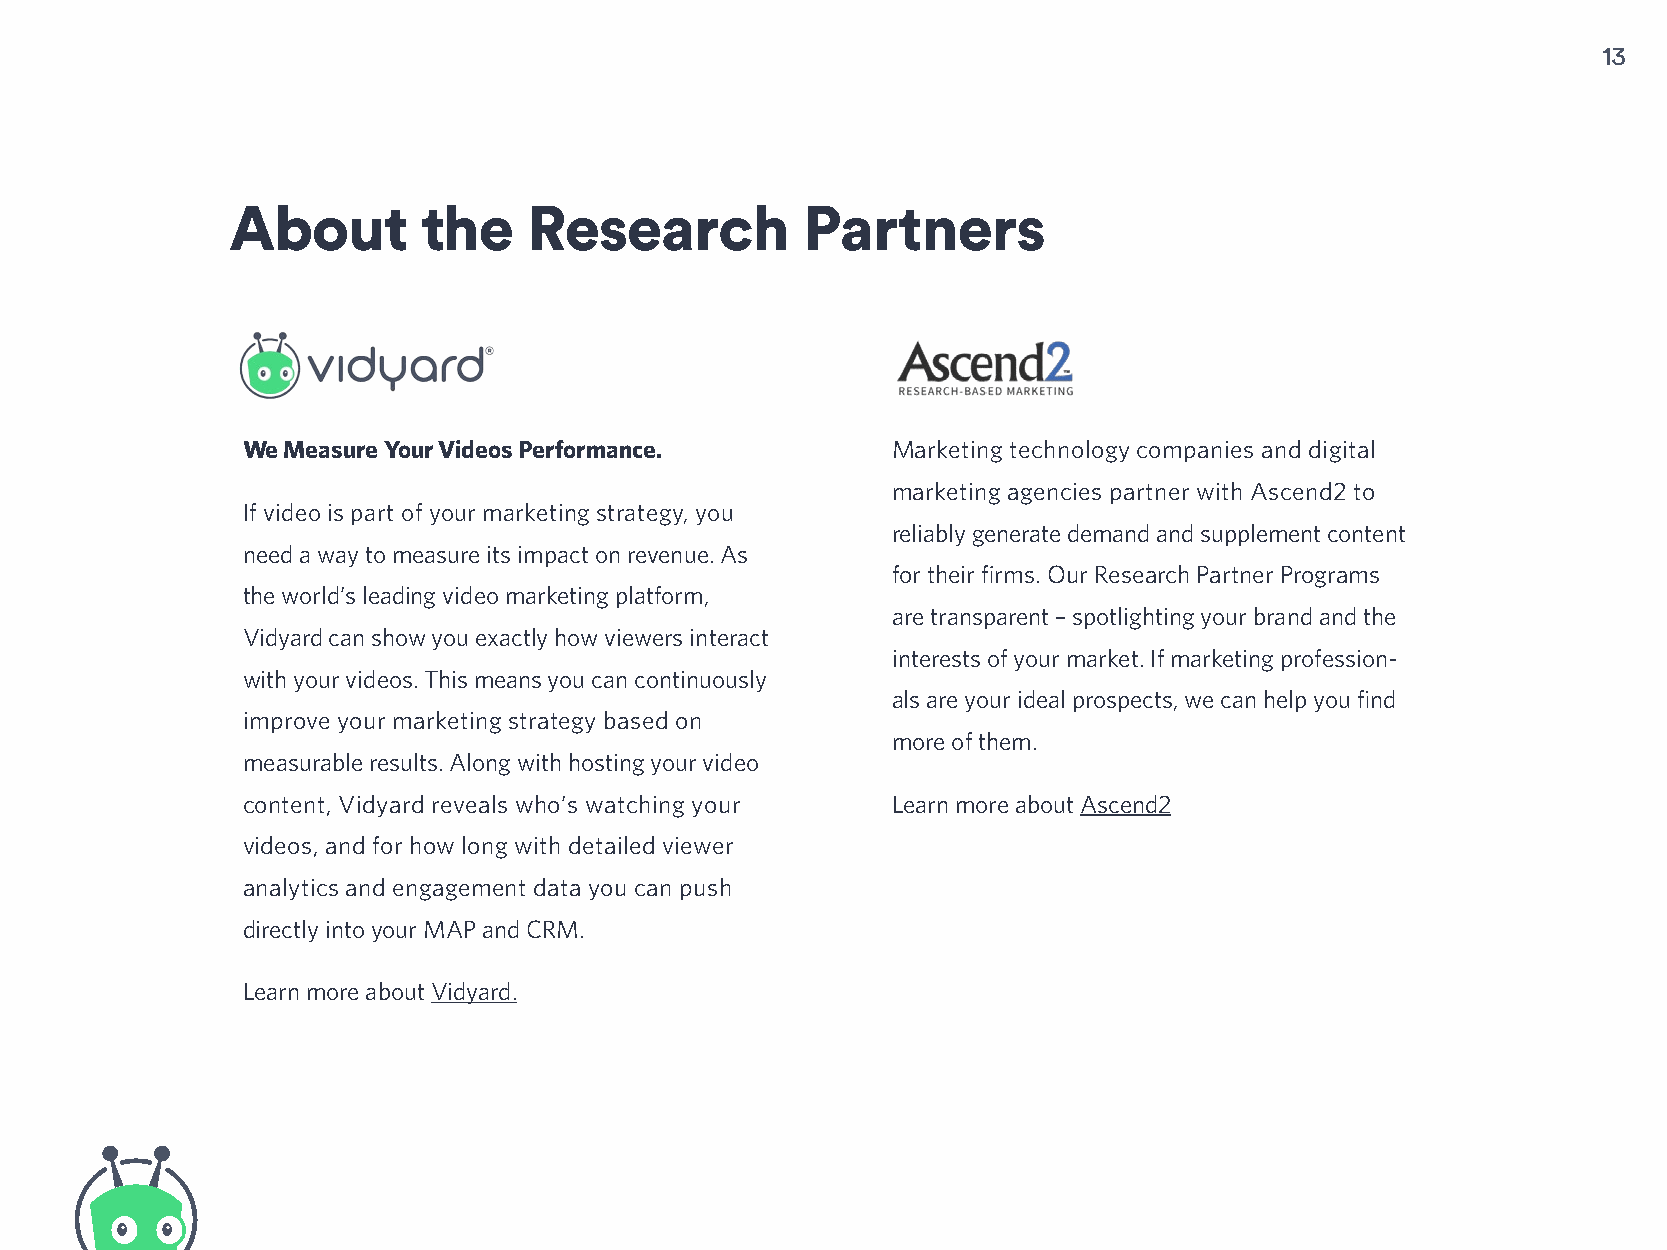
13
 About        the    Research          Partners
 We Measure Your Videos Performance.        Marketing technology companies and digital
 marketing agencies partner with Ascend2 to
 If video is part of your marketing strategy, you
 reliably generate demand and supplement content
 need a way to measure its impact on revenue. As
 for their firms. Our Research Partner Programs
 the world’s leading video marketing platform,
 are transparent – spotlighting your brand and the
 Vidyard can show you exactly how viewers interact
 interests of your market. If marketing profession-
 with your videos. This means you can continuously
 als are your ideal prospects, we can help you find
 improve your marketing strategy based on
 more of them.
 measurable results. Along with hosting your video
 content, Vidyard reveals who’s watching your Learn more about Ascend2
 videos, and for how long with detailed viewer
 analytics and engagement data you can push
 directly into your MAP and CRM.
 Learn more about Vidyard.
 Generating and Nurturing Leads to Create Demand Survey.
 Ascend2 in Partnership With Vidyard. Published September, 2018.